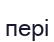
пері